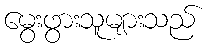
မွေးဖွားသူများသည်